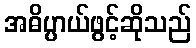
အဓိပ္ပာယ်ဖွင့်ဆိုသည်